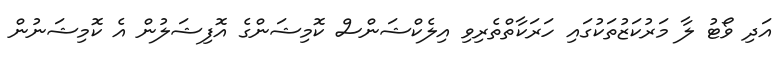
އަދި ވޯޓު ލާ މަރުކަޒުތަކުގައި ހަރަކާތްތެރިވި އިލެކްޝަންސް ކޮމިޝަންގެ އޮފިޝަލުން އެ ކޮމިޝަނުން